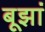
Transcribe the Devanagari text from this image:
बूझां